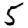
Digit: 5